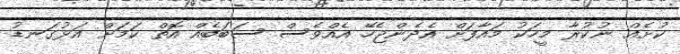
ކުށެއް ނުކުރާ މީހަކު މައާފަށް އެދެންޖެހޭ އެއްވެސް ސަބަބެއް އޮތް ކަމަށް އަޅުގަނޑު